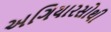
અગિયારસોથી